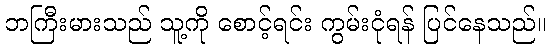
ဘကြီးမားသည် သူ့ကို စောင့်ရင်း ကွမ်းငုံရန် ပြင်နေသည်။